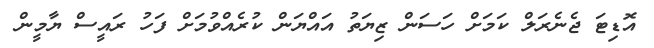
އޮޑިޓަ ޖެނެރަލް ކަމަށް ހަސަން ޒިޔަތު އައްޔަން ކުރެއްވުމަށް ފަހު ރައީސް ޔާމީން